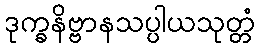
ဒုက္ခနိဗ္ဗာနသပ္ပါယသုတ္တံ